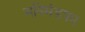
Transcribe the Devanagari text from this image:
मनिमंडपम